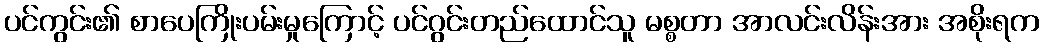
ပင်ကွင်း၏ စာပေကြိုးပမ်းမှုကြောင့် ပင်ဂွင်းတည်ထောင်သူ မစ္စတာ အာလင်းလိန်းအား အစိုးရက